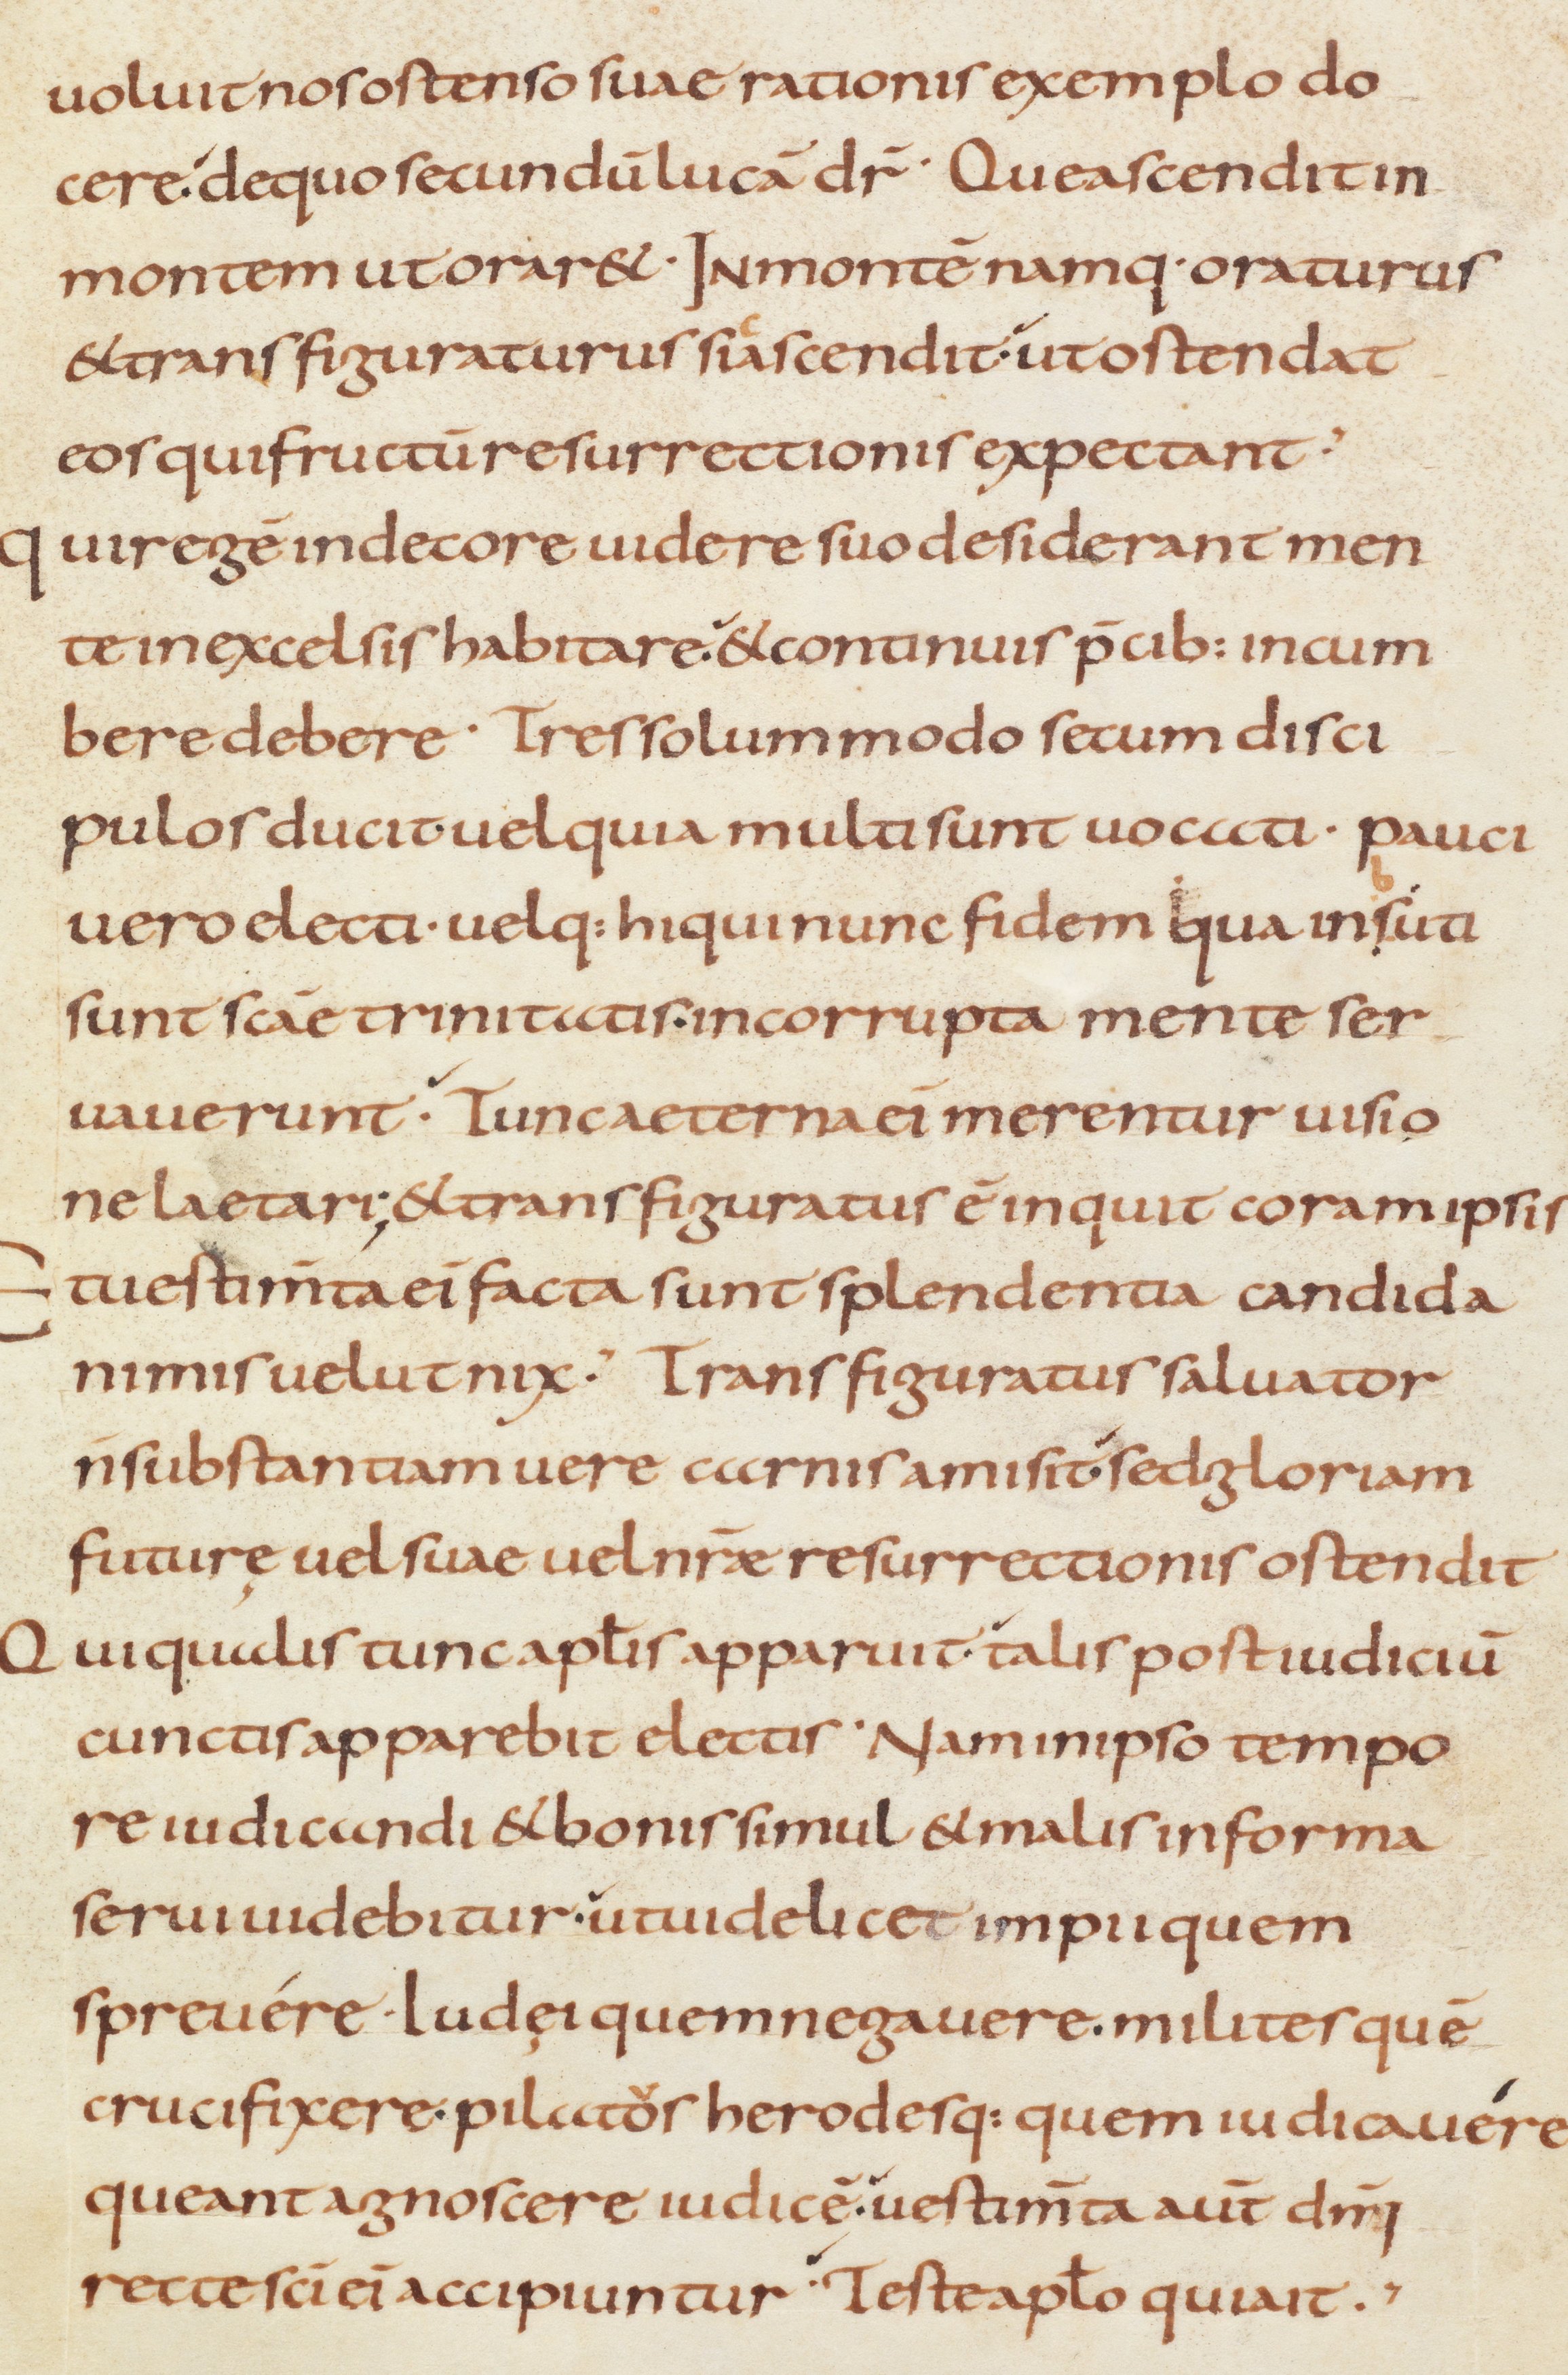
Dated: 800–999